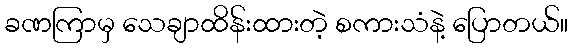
ခဏကြာမှ သေချာထိန်းထားတဲ့ စကားသံနဲ့ ပြောတယ်။